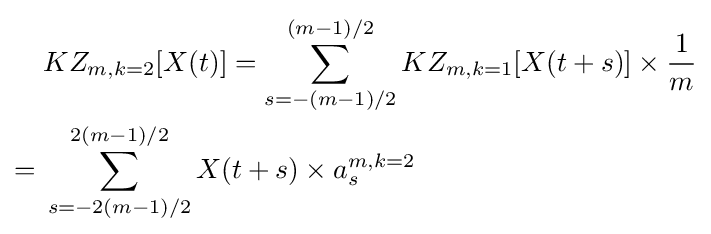
{\begin{aligned}&KZ_{m,k=2}[X(t)]=\sum _{s=-(m-1)/2}^{(m-1)/2}{KZ_{m,k=1}[X(t+s)]\times {\frac {1}{m}}}\\={}&\sum _{s=-2(m-1)/2}^{2(m-1)/2}{X(t+s)\times {a_{s}^{m,k=2}}}\end{aligned}}